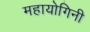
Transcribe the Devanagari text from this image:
महायोगिनी